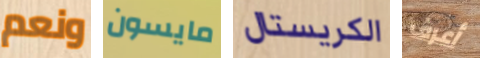
ونعم مايسون الكريستال أعرف